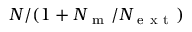
N / ( 1 + N _ { \mathrm { ~ m ~ } } / N _ { \mathrm { ~ e ~ x ~ t ~ } } )